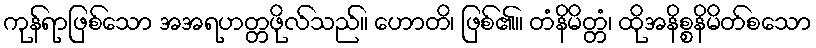
ကုန်ရာဖြစ်သော အအရဟတ္တဖိုလ်သည်။ ဟောတိ၊ ဖြစ်၏။ တံနိမိတ္တံ၊ ထိုအနိစ္စနိမိတ်စသော